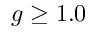
g \geq 1 . 0